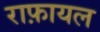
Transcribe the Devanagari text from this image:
राफ़ायल